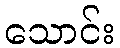
သောင်း